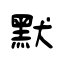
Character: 默